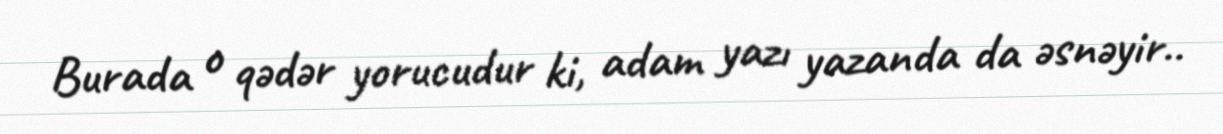
Burada o qədər yorucudur ki, adam yazı yazanda da əsnəyir..